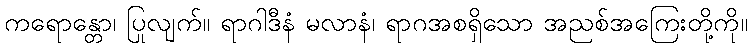
ကရောန္တော၊ ပြုလျက်။ ရာဂါဒီနံ မလာနံ၊ ရာဂအစရှိသော အညစ်အကြေးတို့ကို။